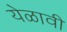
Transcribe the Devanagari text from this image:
येळावी